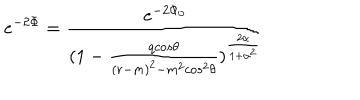
LaTeX: e ^ { - 2 \Phi } = { \frac { e ^ { - 2 \Phi _ { 0 } } } { ( 1 - { \frac { q c o s \theta } { ( r - m ) ^ { 2 } - m ^ { 2 } c o s ^ { 2 } \theta } } ) ^ { \frac { 2 \alpha } { 1 + \alpha ^ { 2 } } } } }